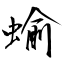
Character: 蝓